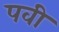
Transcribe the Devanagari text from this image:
पवी